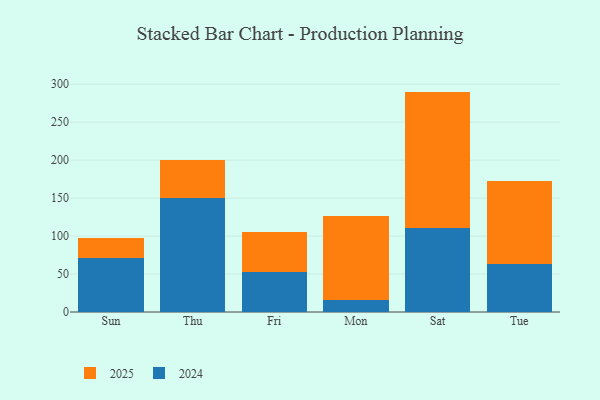
{"axis": {"x": "Day", "y": "Budget (USD K)"}, "legend": ["2024", "2025"], "data": [{"x": "Sun", "y": 25.5, "type": "2025"}, {"x": "Sun", "y": 71.4, "type": "2024"}, {"x": "Thu", "y": 50.3, "type": "2025"}, {"x": "Thu", "y": 149.6, "type": "2024"}, {"x": "Fri", "y": 52.1, "type": "2025"}, {"x": "Fri", "y": 53.3, "type": "2024"}, {"x": "Mon", "y": 109.8, "type": "2025"}, {"x": "Mon", "y": 16.4, "type": "2024"}, {"x": "Sat", "y": 179.9, "type": "2025"}, {"x": "Sat", "y": 110.4, "type": "2024"}, {"x": "Tue", "y": 108.5, "type": "2025"}, {"x": "Tue", "y": 63.8, "type": "2024"}]}